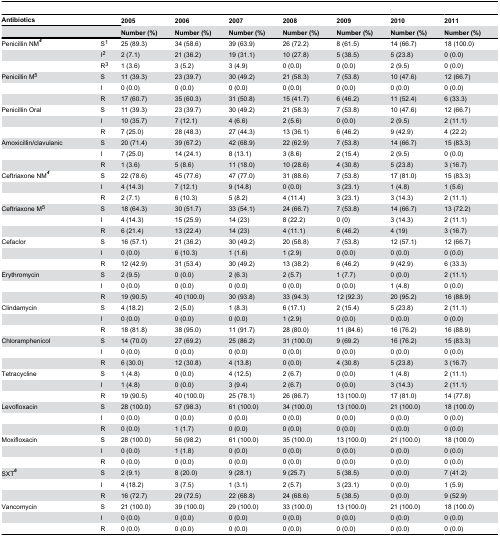
<table><thead><tr><td colspan="2"><b>Antibiotics</b></td><td><b>2005</b></td><td><b>2006</b></td><td><b>2007</b></td><td><b>2008</b></td><td><b>2009</b></td><td><b>2010</b></td><td><b>2011</b></td></tr><tr><td colspan="2"></td><td><b>Number (%)</b></td><td><b>Number (%)</b></td><td><b>Number (%)</b></td><td><b>Number (%)</b></td><td><b>Number (%)</b></td><td><b>Number (%)</b></td><td><b>Number (%)</b></td></tr></thead><tbody><tr><td>Penicillin NM<b><sup><i>4</i></sup></b></td><td>S<sup>1</sup></td><td>25 (89.3)</td><td>34 (58.6)</td><td>39 (63.9)</td><td>26 (72.2)</td><td>8 (61.5)</td><td>14 (66.7)</td><td>18 (100.0)</td></tr><tr><td></td><td>I<sup>2</sup></td><td>2 (7.1)</td><td>21 (36.2)</td><td>19 (31.1)</td><td>10 (27.8)</td><td>5 (38.5)</td><td>5 (23.8)</td><td>0 (0.0)</td></tr><tr><td></td><td>R<sup>3</sup></td><td>1 (3.6)</td><td>3 (5.2)</td><td>3 (4.9)</td><td>0 (0.0)</td><td>0 (0.0)</td><td>2 (9.5)</td><td>0 (0.0)</td></tr><tr><td>Penicillin M<sup>5</sup></td><td>S</td><td>11 (39.3)</td><td>23 (39.7)</td><td>30 (49.2)</td><td>21 (58.3)</td><td>7 (53.8)</td><td>10 (47.6)</td><td>12 (66.7)</td></tr><tr><td></td><td>I</td><td>0 (0.0)</td><td>0 (0.0)</td><td>0 (0.0)</td><td>0 (0.0)</td><td>0 (0.0)</td><td>0 (0.0)</td><td>0 (0.0)</td></tr><tr><td></td><td>R</td><td>17 (60.7)</td><td>35 (60.3)</td><td>31 (50.8)</td><td>15 (41.7)</td><td>6 (46.2)</td><td>11 (52.4)</td><td>6 (33.3)</td></tr><tr><td>Penicillin Oral</td><td>S</td><td>11 (39.3)</td><td>23 (39.7)</td><td>30 (49.2)</td><td>21 (58.3)</td><td>7 (53.8)</td><td>10 (47.6)</td><td>12 (66.7)</td></tr><tr><td></td><td>I</td><td>10 (35.7)</td><td>7 (12.1)</td><td>4 (6.6)</td><td>2 (5.6)</td><td>0 (0.0)</td><td>2 (9.5)</td><td>2 (11.1)</td></tr><tr><td></td><td>R</td><td>7 (25.0)</td><td>28 (48.3)</td><td>27 (44.3)</td><td>13 (36.1)</td><td>6 (46.2)</td><td>9 (42.9)</td><td>4 (22.2)</td></tr><tr><td>Amoxicillin/clavulanic</td><td>S</td><td>20 (71.4)</td><td>39 (67.2)</td><td>42 (68.9)</td><td>22 (62.9)</td><td>7 (53.8)</td><td>14 (66.7)</td><td>15 (83.3)</td></tr><tr><td></td><td>I</td><td>7 (25.0)</td><td>14 (24.1)</td><td>8 (13.1)</td><td>3 (8.6)</td><td>2 (15.4)</td><td>2 (9.5)</td><td>0 (0.0)</td></tr><tr><td></td><td>R</td><td>1 (3.6)</td><td>5 (8.6)</td><td>11 (18.0)</td><td>10 (28.6)</td><td>4 (30.8)</td><td>5 (23.8)</td><td>3 (16.7)</td></tr><tr><td>Ceftriaxone NM<b><sup><i>4</i></sup></b></td><td>S</td><td>22 (78.6)</td><td>45 (77.6)</td><td>47 (77.0)</td><td>31 (88.6)</td><td>7 (53.8)</td><td>17 (81.0)</td><td>15 (83.3)</td></tr><tr><td></td><td>I</td><td>4 (14.3)</td><td>7 (12.1)</td><td>9 (14.8)</td><td>0 (0.0)</td><td>3 (23.1)</td><td>1 (4.8)</td><td>1 (5.6)</td></tr><tr><td></td><td>R</td><td>2 (7.1)</td><td>6 (10.3)</td><td>5 (8.2)</td><td>4 (11.4)</td><td>3 (23.1)</td><td>3 (14.3)</td><td>2 (11.1)</td></tr><tr><td>Ceftriaxone M<sup>5</sup></td><td>S</td><td>18 (64.3)</td><td>30 (51.7)</td><td>33 (54.1)</td><td>24 (66.7)</td><td>7 (53.8)</td><td>14 (66.7)</td><td>13 (72.2)</td></tr><tr><td></td><td>I</td><td>4 (14.3)</td><td>15 (25.9)</td><td>14 (23)</td><td>8 (22.2)</td><td>0 (0)</td><td>3 (14.3)</td><td>2 (11.1)</td></tr><tr><td></td><td>R</td><td>6 (21.4)</td><td>13 (22.4)</td><td>14 (23)</td><td>4 (11.1)</td><td>6 (46.2)</td><td>4 (19)</td><td>3 (16.7)</td></tr><tr><td>Cefaclor</td><td>S</td><td>16 (57.1)</td><td>21 (36.2)</td><td>30 (49.2)</td><td>20 (58.8)</td><td>7 (53.8)</td><td>12 (57.1)</td><td>12 (66.7)</td></tr><tr><td></td><td>I</td><td>0 (0.0)</td><td>6 (10.3)</td><td>1 (1.6)</td><td>1 (2.9)</td><td>0 (0.0)</td><td>0 (0.0)</td><td>0 (0.0)</td></tr><tr><td></td><td>R</td><td>12 (42.9)</td><td>31 (53.4)</td><td>30 (49.2)</td><td>13 (38.2)</td><td>6 (46.2)</td><td>9 (42.9)</td><td>6 (33.3)</td></tr><tr><td>Erythromycin</td><td>S</td><td>2 (9.5)</td><td>0 (0.0)</td><td>2 (6.3)</td><td>2 (5.7)</td><td>1 (7.7)</td><td>0 (0.0)</td><td>2 (11.1)</td></tr><tr><td></td><td>I</td><td>0 (0.0)</td><td>0 (0.0)</td><td>0 (0.0)</td><td>0 (0.0)</td><td>0 (0.0)</td><td>1 (4.8)</td><td>0 (0.0)</td></tr><tr><td></td><td>R</td><td>19 (90.5)</td><td>40 (100.0)</td><td>30 (93.8)</td><td>33 (94.3)</td><td>12 (92.3)</td><td>20 (95.2)</td><td>16 (88.9)</td></tr><tr><td>Clindamycin</td><td>S</td><td>4 (18.2)</td><td>2 (5.0)</td><td>1 (8.3)</td><td>6 (17.1)</td><td>2 (15.4)</td><td>5 (23.8)</td><td>2 (11.1)</td></tr><tr><td></td><td>I</td><td>0 (0.0)</td><td>0 (0.0)</td><td>0 (0.0)</td><td>1 (2.9)</td><td>0 (0.0)</td><td>0 (0.0)</td><td>0 (0.0)</td></tr><tr><td></td><td>R</td><td>18 (81.8)</td><td>38 (95.0)</td><td>11 (91.7)</td><td>28 (80.0)</td><td>11 (84.6)</td><td>16 (76.2)</td><td>16 (88.9)</td></tr><tr><td>Chloramphenicol</td><td>S</td><td>14 (70.0)</td><td>27 (69.2)</td><td>25 (86.2)</td><td>31 (100.0)</td><td>9 (69.2)</td><td>16 (76.2)</td><td>15 (83.3)</td></tr><tr><td></td><td>I</td><td>0 (0.0)</td><td>0 (0.0)</td><td>0 (0.0)</td><td>0 (0.0)</td><td>0 (0.0)</td><td>0 (0.0)</td><td>0 (0.0)</td></tr><tr><td></td><td>R</td><td>6 (30.0)</td><td>12 (30.8)</td><td>4 (13.8)</td><td>0 (0.0)</td><td>4 (30.8)</td><td>5 (23.8)</td><td>3 (16.7)</td></tr><tr><td>Tetracycline</td><td>S</td><td>1 (4.8)</td><td>0 (0.0)</td><td>4 (12.5)</td><td>2 (6.7)</td><td>0 (0.0)</td><td>1 (4.8)</td><td>2 (11.1)</td></tr><tr><td></td><td>I</td><td>1 (4.8)</td><td>0 (0.0)</td><td>3 (9.4)</td><td>2 (6.7)</td><td>0 (0.0)</td><td>3 (14.3)</td><td>2 (11.1)</td></tr><tr><td></td><td>R</td><td>19 (90.5)</td><td>40 (100.0)</td><td>25 (78.1)</td><td>26 (86.7)</td><td>13 (100.0)</td><td>17 (81.0)</td><td>14 (77.8)</td></tr><tr><td>Levofloxacin</td><td>S</td><td>28 (100.0)</td><td>57 (98.3)</td><td>61 (100.0)</td><td>34 (100.0)</td><td>13 (100.0)</td><td>21 (100.0)</td><td>18 (100.0)</td></tr><tr><td></td><td>I</td><td>0 (0.0)</td><td>0 (0.0)</td><td>0 (0.0)</td><td>0 (0.0)</td><td>0 (0.0)</td><td>0 (0.0)</td><td>0 (0.0)</td></tr><tr><td></td><td>R</td><td>0 (0.0)</td><td>1 (1.7)</td><td>0 (0.0)</td><td>0 (0.0)</td><td>0 (0.0)</td><td>0 (0.0)</td><td>0 (0.0)</td></tr><tr><td>Moxifloxacin</td><td>S</td><td>28 (100.0)</td><td>56 (98.2)</td><td>61 (100.0)</td><td>35 (100.0)</td><td>13 (100.0)</td><td>21 (100.0)</td><td>18 (100.0)</td></tr><tr><td></td><td>I</td><td>0 (0.0)</td><td>1 (1.8)</td><td>0 (0.0)</td><td>0 (0.0)</td><td>0 (0.0)</td><td>0 (0.0)</td><td>0 (0.0)</td></tr><tr><td></td><td>R</td><td>0 (0.0)</td><td>0 (0.0)</td><td>0 (0.0)</td><td>0 (0.0)</td><td>0 (0.0)</td><td>0 (0.0)</td><td>0 (0.0)</td></tr><tr><td>SXT<b><sup><i>6</i></sup></b></td><td>S</td><td>2 (9.1)</td><td>8 (20.0)</td><td>9 (28.1)</td><td>9 (25.7)</td><td>5 (38.5)</td><td>0 (0.0)</td><td>7 (41.2)</td></tr><tr><td></td><td>I</td><td>4 (18.2)</td><td>3 (7.5)</td><td>1 (3.1)</td><td>2 (5.7)</td><td>3 (23.1)</td><td>0 (0.0)</td><td>1 (5.9)</td></tr><tr><td></td><td>R</td><td>16 (72.7)</td><td>29 (72.5)</td><td>22 (68.8)</td><td>24 (68.6)</td><td>5 (38.5)</td><td>0 (0.0)</td><td>9 (52.9)</td></tr><tr><td>Vancomycin</td><td>S</td><td>21 (100.0)</td><td>39 (100.0)</td><td>29 (100.0)</td><td>33 (100.0)</td><td>13 (100.0)</td><td>21 (100.0)</td><td>18 (100.0)</td></tr><tr><td></td><td>I</td><td>0 (0.0)</td><td>0 (0.0)</td><td>0 (0.0)</td><td>0 (0.0)</td><td>0 (0.0)</td><td>0 (0.0)</td><td>0 (0.0)</td></tr><tr><td></td><td>R</td><td>0 (0.0)</td><td>0 (0.0)</td><td>0 (0.0)</td><td>0 (0.0)</td><td>0 (0.0)</td><td>0 (0.0)</td><td>0 (0.0)</td></tr></tbody></table>